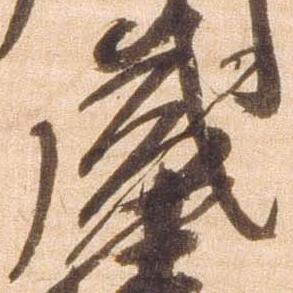
盛